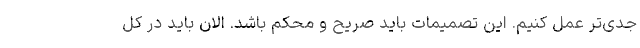
جدی‌تر عمل کنیم. این تصمیمات باید صریح و محکم باشد. الان باید در کل